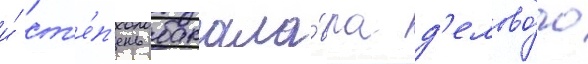
и́ ст'е́п'ень бакала́вра д'елово́го